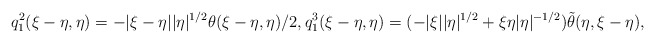
\begin{align*}q_{1}^2(\xi-\eta, \eta)= - |\xi-\eta| |\eta|^{1/2} \theta(\xi-\eta, \eta)/2, q_{1}^3(\xi-\eta, \eta)= (-|\xi||\eta|^{1/2} + \xi\eta|\eta|^{-1/2})\tilde{\theta}(\eta, \xi-\eta),\end{align*}